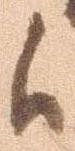
候